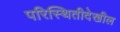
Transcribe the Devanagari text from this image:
परिस्थितीदेखील